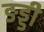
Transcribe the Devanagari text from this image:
ङड्डी